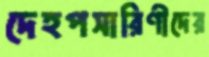
দেহপসারিণীদের